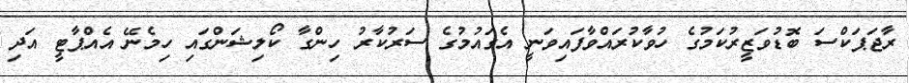
ރާޖަޕަކްސަ ބޮޑުވަޒީރުކަމުގެ ހުވާކުރައްވާފައިވަނީ އެގައުމުގެ ސަރުކާރު ހިންގާ ކޯލިޝަންގައި ހިމެނޭ އެއްޕާޓީ އަދި